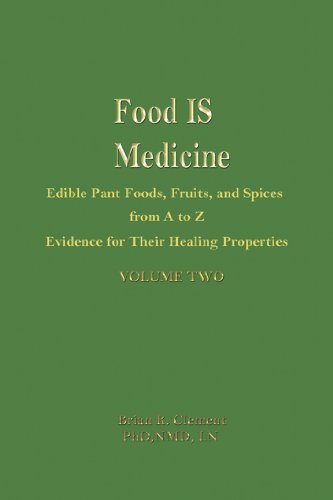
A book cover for Food Is Medicine: Edible Plant Foods, Fruits, and Spices from A to Z, Evidence for Their Healing Properties, Vol. 2; Brian Clement; Medical Books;